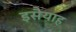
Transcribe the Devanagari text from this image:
इसैयाह